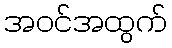
အဝင်အထွက်